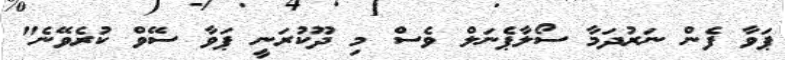
ޕަވާ ފެން ނަރުދަމާ ސޯލާޕެނަލް ވެސް މި ދޫކުރަނީ ޕަވާ ސޭވް ކުރެވޭނެ"